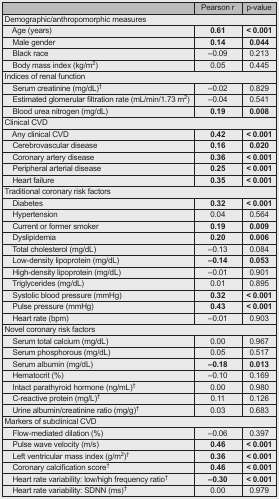
<table><thead><tr><td></td><td><b>Pearson r</b></td><td><b>p-value</b></td></tr></thead><tbody><tr><td colspan="3">Demographic/anthropomorphic measures</td></tr><tr><td>Age (years)</td><td><b>0.61</b></td><td><b>&lt; 0.001</b></td></tr><tr><td>Male gender</td><td><b>0.14</b></td><td><b>0.044</b></td></tr><tr><td>Black race</td><td>–0.09</td><td>0.213</td></tr><tr><td>Body mass index (kg/m<sup>2</sup>)</td><td>0.05</td><td>0.445</td></tr><tr><td colspan="3">Indices of renal function</td></tr><tr><td>Serum creatinine (mg/dL)<sup>†</sup></td><td>–0.02</td><td>0.829</td></tr><tr><td>Estimated glomerular filtration rate (mL/min/1.73 m<sup>2</sup>)</td><td>–0.04</td><td>0.541</td></tr><tr><td>Blood urea nitrogen (mg/dL)</td><td><b>0.19</b></td><td><b>0.008</b></td></tr><tr><td colspan="3">Clinical CVD</td></tr><tr><td>Any clinical CVD</td><td><b>0.42</b></td><td><b>&lt; 0.001</b></td></tr><tr><td>Cerebrovascular disease</td><td><b>0.16</b></td><td><b>0.020</b></td></tr><tr><td>Coronary artery disease</td><td><b>0.36</b></td><td><b>&lt; 0.001</b></td></tr><tr><td>Peripheral arterial disease</td><td><b>0.25</b></td><td><b>&lt; 0.001</b></td></tr><tr><td>Heart failure</td><td><b>0.35</b></td><td><b>&lt; 0.001</b></td></tr><tr><td colspan="3">Traditional coronary risk factors</td></tr><tr><td>Diabetes</td><td><b>0.32</b></td><td><b>&lt; 0.001</b></td></tr><tr><td>Hypertension</td><td>0.04</td><td>0.564</td></tr><tr><td>Current or former smoker</td><td><b>0.19</b></td><td><b>0.009</b></td></tr><tr><td>Dyslipidemia</td><td><b>0.20</b></td><td><b>0.006</b></td></tr><tr><td>Total cholesterol (mg/dL)</td><td>–0.13</td><td>0.084</td></tr><tr><td>Low-density lipoprotein (mg/dL)</td><td><b>–0.14</b></td><td><b>0.053</b></td></tr><tr><td>High-density lipoprotein (mg/dL)</td><td>–0.01</td><td>0.901</td></tr><tr><td>Triglycerides (mg/dL)</td><td>0.01</td><td>0.895</td></tr><tr><td>Systolic blood pressure (mmHg)</td><td><b>0.32</b></td><td><b>&lt; 0.001</b></td></tr><tr><td>Pulse pressure (mmHg)</td><td><b>0.43</b></td><td><b>&lt; 0.001</b></td></tr><tr><td>Heart rate (bpm)</td><td>–0.01</td><td>0.903</td></tr><tr><td colspan="3">Novel coronary risk factors</td></tr><tr><td>Serum total calcium (mg/dL)</td><td>0.00</td><td>0.967</td></tr><tr><td>Serum phosphorous (mg/dL)</td><td>0.05</td><td>0.517</td></tr><tr><td>Serum albumin (mg/dL)</td><td><b>–0.18</b></td><td><b>0.013</b></td></tr><tr><td>Hematocrit (%)</td><td>–0.10</td><td>0.169</td></tr><tr><td>Intact parathyroid hormone (ng/mL)<sup>†</sup></td><td>0.00</td><td>0.980</td></tr><tr><td>C-reactive protein (mg/L)<sup>†</sup></td><td>0.11</td><td>0.126</td></tr><tr><td>Urine albumin/creatinine ratio (mg/g)<sup>†</sup></td><td>0.03</td><td>0.683</td></tr><tr><td colspan="3">Markers of subclinical CVD</td></tr><tr><td>Flow-mediated dilation (%)</td><td>–0.06</td><td>0.397</td></tr><tr><td>Pulse wave velocity (m/s)</td><td><b>0.46</b></td><td><b>&lt; 0.001</b></td></tr><tr><td>Left ventricular mass index (g/m<sup>2</sup>)<sup>†</sup></td><td><b>0.36</b></td><td><b>&lt; 0.001</b></td></tr><tr><td>Coronary calcification score<sup>†</sup></td><td><b>0.46</b></td><td><b>&lt; 0.001</b></td></tr><tr><td>Heart rate variability: low/high frequency ratio<sup>†</sup></td><td><b>–0.30</b></td><td><b>&lt; 0.001</b></td></tr><tr><td>Heart rate variability: SDNN (ms)<sup>†</sup></td><td>0.00</td><td>0.979</td></tr></tbody></table>